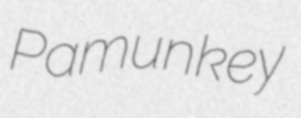
Pamunkey